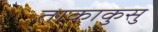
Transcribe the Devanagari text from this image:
ताकाकुसु